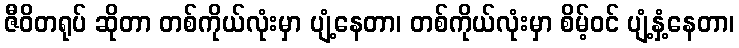
ဇီဝိတရုပ် ဆိုတာ တစ်ကိုယ်လုံးမှာ ပျံ့နေတာ၊ တစ်ကိုယ်လုံးမှာ စိမ့်ဝင် ပျံ့နှံ့နေတာ၊